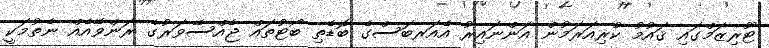
ޓޫރިޒަމްގައި ޤައުމު ކުރިއަރަމުން އަންނައިރު އެއަރބަސްގެ ބޮޑެތި ބޯޓުތައް ޖެއްސޭވަރުގެ ރަންވޭއެއް ނެތުމަކީ